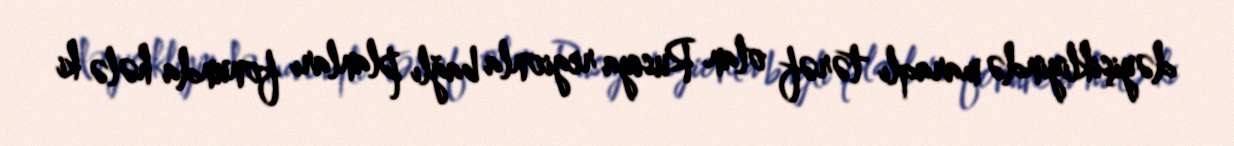
dəyişikliyində maraqlı tərəf olan Rusiya regionla bağlı planları fonunda hələ ki